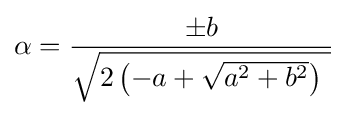
\alpha ={\frac {\pm b}{\sqrt {2\left(-a+{\sqrt {a^{2}+b^{2}}}\right)~}}}